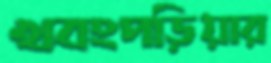
খবংপড়িয়ার